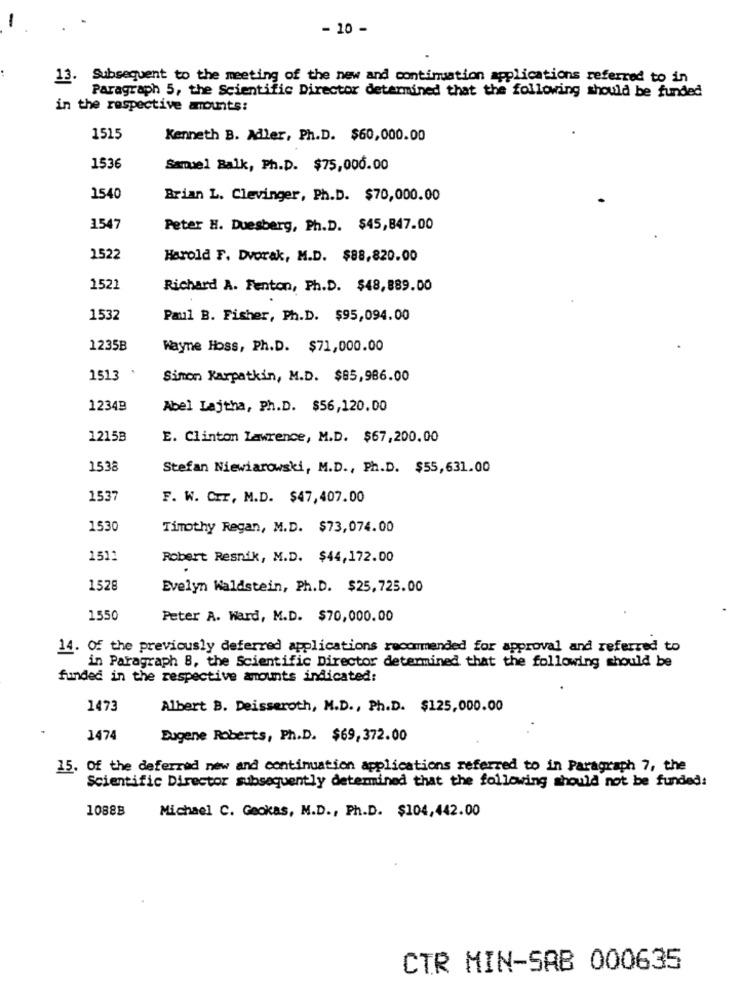
- 10 -
13. Subsequent to the meeting of the new and continuation applications referred to in
Paragraph 5, the Scientific Director determined that the following should be funded
in the respective amounts:
1515
Kenneth B. Adler, Ph.D. $60,000.00
1536
Samuel Balk, Ph.D. $75,000.00
1540
Brian L. Clevinger, Ph.D. $70,000.00
1.547
Peter H. Duesberg, Ph.D. $45,847.00
1522
Harold F. Dvorak, M.D. $88,820.00
1521
Richard A. Fenton, Ph.D. $48,889.00
1532
Paul B. Fisher, Ph.D. $95,094.00
1235B
Wayne Hoss, Ph.D. $71,000.00
1513
Simon Karpatkin, M.D. $85,986.00
1234B
Abel Lajtha, Ph.D. $56,120.00
1215B
E. Clinton Lawrence, M.D. $67,200.00
1538
Stefan Niewiarowski, M.D ., Ph.D. $55,631.00
1537
F. W. CIT, M.D. $47,407.00
1530
Timothy Regan, M.D. $73,074.00
1511
Robert Resnik, M.D. $44,172.00
1528
Evelyn Waldstein, Ph.D. $25,725.00
1550
Peter A. Ward, M.D. $70,000.00
14. Of the previously deferred applications recommended for approval and referred to
in Paragraph 8, the Scientific Director determined that the following should be
funded in the respective amounts indicated:
1473
Albert B. Deisseroth, M.D ., Ph.D. $125,000.00
1474
Eugene Roberts, Ph.D. $69, 372.00
15. Of the deferred new and continuation applications referred to in Paragraph 7, the
Scientific Director subsequently determined that the following should not be funded:
1088B
Michael C. Geokas, M.D ., Ph.D. $104,442.00
CTR MIN-SAB 000635